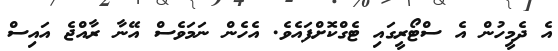
އެ ދެމީހުން އެ ސްޓޯރީގައި ޓެގްކޮށްފައެވެ. އެހެން ނަމަވެސް އޭނާ ރާއްޖެ އައިސް